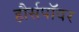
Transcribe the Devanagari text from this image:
हौर्सपॉवर